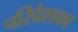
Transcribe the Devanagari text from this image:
परिवेशका